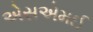
એસએમઈ